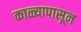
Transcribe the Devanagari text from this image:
काळ्यापासून